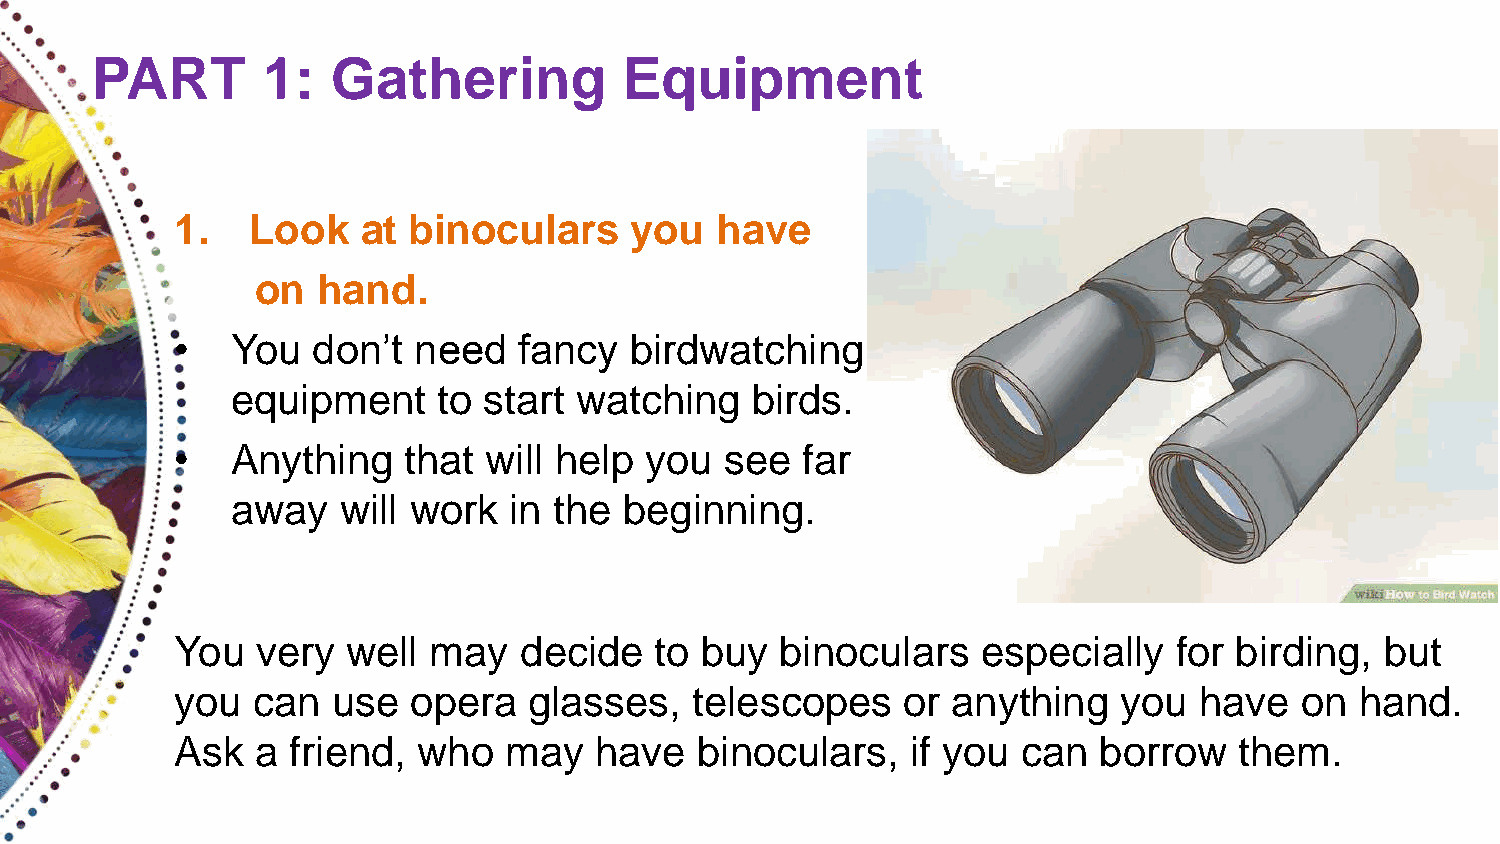
PART       1:   Gathering          Equipment
 1.   Look   at binoculars     you  have
 on  hand.
 •  You   don’t need   fancy   birdwatching
 equipment     to start watching    birds.
 •  Anything    that will help  you  see  far
 away   will work   in the beginning.
 You  very  well may   decide   to buy   binoculars   especially   for birding,  but
 you  can  use  opera   glasses,   telescopes    or anything   you  have   on  hand.
 Ask  a friend,  who  may   have   binoculars,   if you  can  borrow   them.